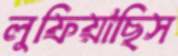
লুফিয়াছিস